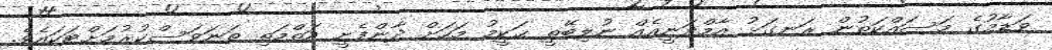
ވަޑާމުގެ މަސައްކަތުން ރަނގަޅު އާމްދަނީއެއް ނުލިބޭތީ ޙަކީމު މަހަށް ދާންފެށީ އަތްމަތި ތަނަވަސްކުރުމަށްޓަކައެވެ.